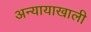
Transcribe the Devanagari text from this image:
अन्यायाखाली